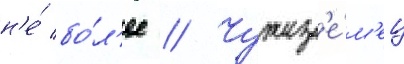
н'е́ бо́л'ее // Чужез'е́м'ец